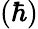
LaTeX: (\hbar)